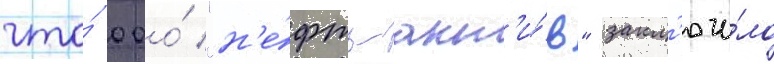
что́ ооо́ "н'е́фть-акт'и́в" закл'ючи́ло